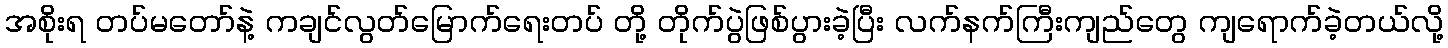
အစိုးရ တပ်မတော်နဲ့ ကချင်လွတ်မြောက်ရေးတပ် တို့ တိုက်ပွဲဖြစ်ပွားခဲ့ပြီး လက်နက်ကြီးကျည်တွေ ကျရောက်ခဲ့တယ်လို့